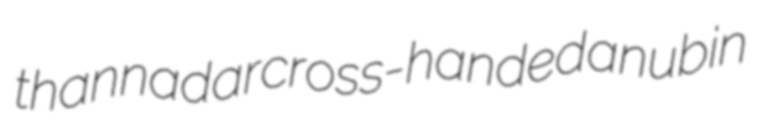
thannadar cross-handed anubin